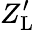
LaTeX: Z_{\mathrm{L}}^{\prime}